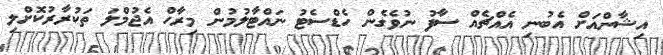
އިޝާންއަށް އެބުނި އެއްޗެއް ސާފު ނުވެގެން ހެޑްސެޓު ނައްޓާލުމުން މިރާހް އެޖުމްލަ ތަކުރާރުކޮށްލި